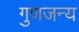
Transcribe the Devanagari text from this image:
गुणजन्य